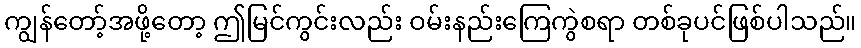
ကျွန်တော့်အဖို့တော့ ဤမြင်ကွင်းလည်း ဝမ်းနည်းကြေကွဲစရာ တစ်ခုပင်ဖြစ်ပါသည်။